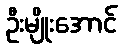
ဦးမျိုးအောင်